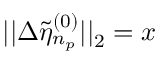
| | \Delta \tilde { \eta } _ { n _ { p } } ^ { ( 0 ) } | | _ { 2 } = x